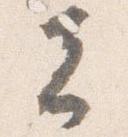
者